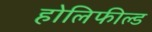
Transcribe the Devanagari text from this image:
होलिफील्ड